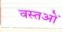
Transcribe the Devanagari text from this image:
वस्तओं